Document type: Barter
Year: 1304
Scribe: Pere Pometa
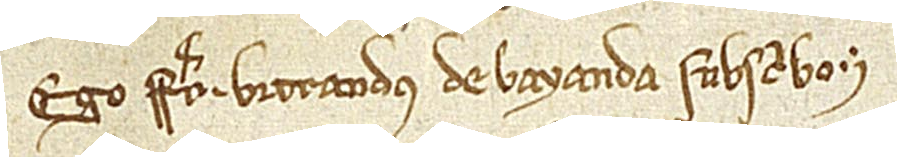
Ego frater Betrandus de Bayanda subscribo.